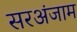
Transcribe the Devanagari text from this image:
सरअंजाम